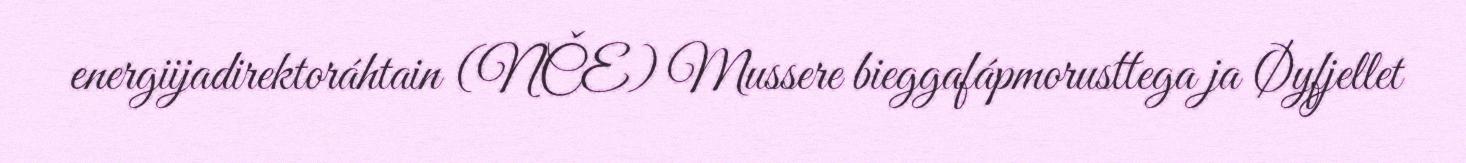
energiijadirektoráhtain (NČE) Mussere bieggafápmorusttega ja Øyfjellet